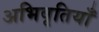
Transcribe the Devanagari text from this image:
अभिवृतियाँ